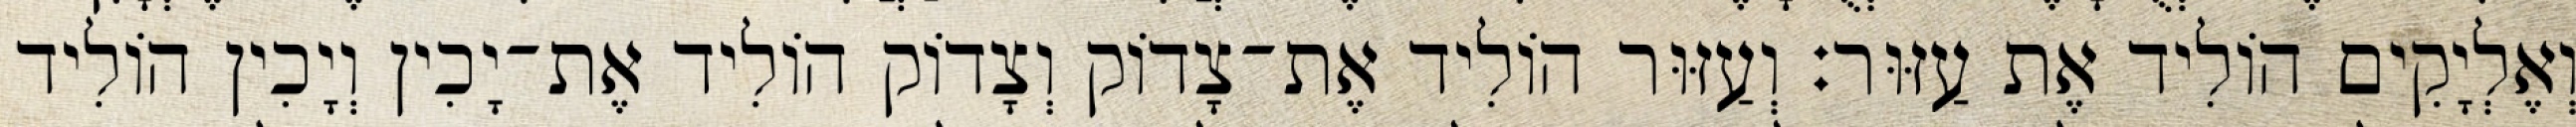
וְאֶלְיָקִים הוֹלִיד אֶת עַזּוּר׃ וְעַזּוּר הוֹלִיד אֶת־צָדוֹק וְצָדוֹק הוֹלִיד אֶת־יָכִין וְיָכִין הוֹלִיד